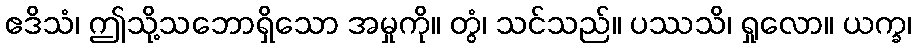
ဧဒိသံ၊ ဤသို့သဘောရှိသော အမှုကို။ တွံ၊ သင်သည်။ ပဿသိ၊ ရှုလော။ ယက္ခ၊